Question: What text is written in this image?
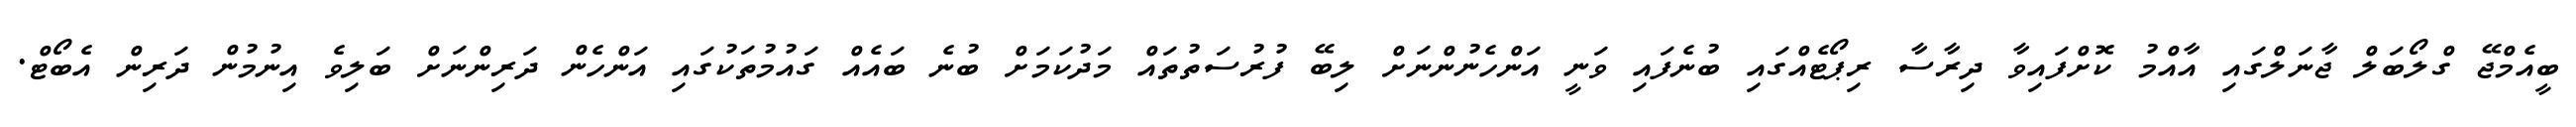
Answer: ބީއެމްޖޭ ގްލޯބަލް ޖާނަލްގައި އާއްމު ކޮށްފައިވާ ދިރާސާ ރިޕޯޓެއްގައި ބުނެފައި ވަނީ އަންހެނުންނަށް ލިބޭ ފުރުސަތުތައް މަދުކަމަށް ބުނެ ބައެއް ގައުމުތަކުގައި އަންހެން ދަރިންނަށް ބަލިވެ އިނުމުން ދަރިން އެބޯޓް.